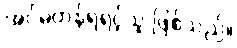
အင်မတန်ရဲရင့်သူ ဖြစ်သည်။